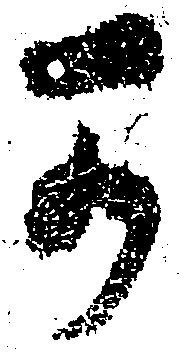
可